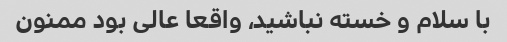
با سلام و خسته نباشید، واقعا عالی بود ممنون